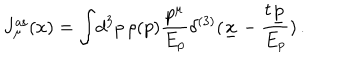
LaTeX: J _ { \mu } ^ { \mathrm { a s } } ( x ) = \int \! d ^ { 3 } p \, \rho ( p ) \frac { p ^ { \mu } } { E _ { p } } \delta ^ { ( 3 ) } ( \underline { { { x } } } - \frac { t \underline { { { p } } } } { E _ { p } } ) \, .